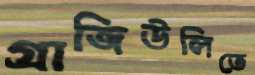
গ্রাজিউলিতে